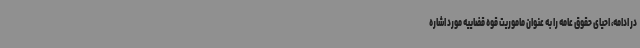
در ادامه، احیای حقوق عامه را به عنوان ماموریت قوه قضاییه مورد اشاره